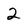
Character: 2